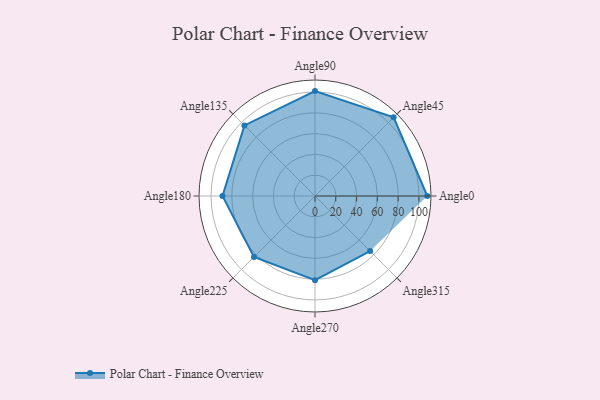
{"axis": {"x": "Angle", "y": "Radius"}, "legend": [""], "data": [{"x": "Angle0", "y": 108.0, "type": ""}, {"x": "Angle45", "y": 107.0, "type": ""}, {"x": "Angle90", "y": 101.0, "type": ""}, {"x": "Angle135", "y": 96.0, "type": ""}, {"x": "Angle180", "y": 89.0, "type": ""}, {"x": "Angle225", "y": 83.0, "type": ""}, {"x": "Angle270", "y": 81.0, "type": ""}, {"x": "Angle315", "y": 75.0, "type": ""}]}